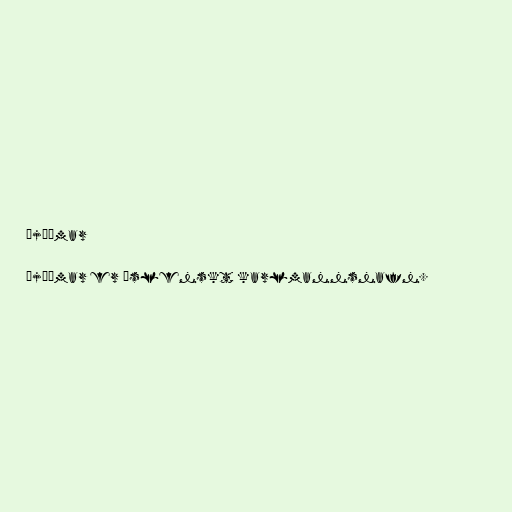
Þjóðmar

Þjóðmar er íslenskt karlmannsnafn.